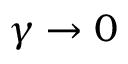
\gamma \to 0